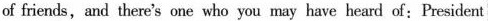
of friends, and there's one who you may have heard of: President